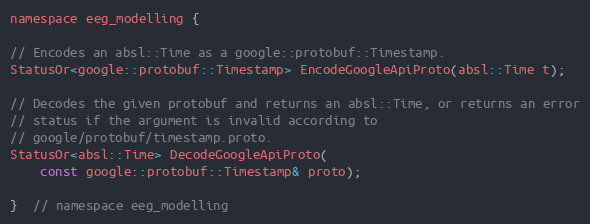
Language: C
namespace eeg_modelling {

// Encodes an absl::Time as a google::protobuf::Timestamp.
StatusOr<google::protobuf::Timestamp> EncodeGoogleApiProto(absl::Time t);

// Decodes the given protobuf and returns an absl::Time, or returns an error
// status if the argument is invalid according to
// google/protobuf/timestamp.proto.
StatusOr<absl::Time> DecodeGoogleApiProto(
    const google::protobuf::Timestamp& proto);

}  // namespace eeg_modelling